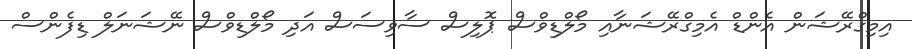
އިމިގްރޭޝަން އެންޑް އެމިގްރޭޝަނާއި މޯލްޑިވްސް ޕޮލިސް ސާވިސަސް އަދި މޯލްޑިވްސް ނޭޝަނަލް ޑިފެންސް